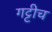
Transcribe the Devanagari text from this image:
गट्टीच